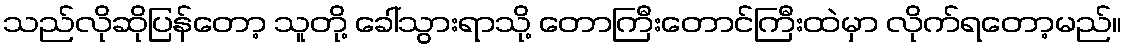
သည်လိုဆိုပြန်တော့ သူတို့ ခေါ်သွားရာသို့ တောကြီးတောင်ကြီးထဲမှာ လိုက်ရတော့မည်။